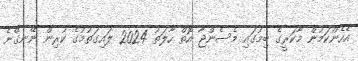
އެހެންކަމުން މާކަރީގެ ބިމުގައި މެސެންޖާ އޮތް ހާލަތު 2024 ލައިގަތުމުގެ ކުރިން ނޭނގޭނެ